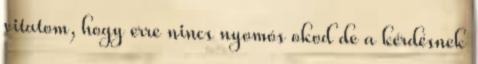
vitatom, hogy erre nincs nyomós okod de a kérdésnek